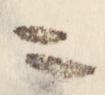
ニ